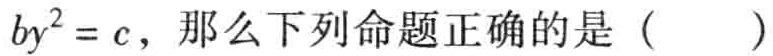
$by^{2}=c，那么下列命题正确的是（  ）$